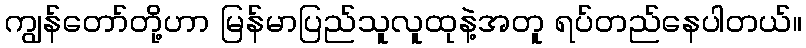
ကျွန်တော်တို့ဟာ မြန်မာပြည်သူလူထုနဲ့အတူ ရပ်တည်နေပါတယ်။